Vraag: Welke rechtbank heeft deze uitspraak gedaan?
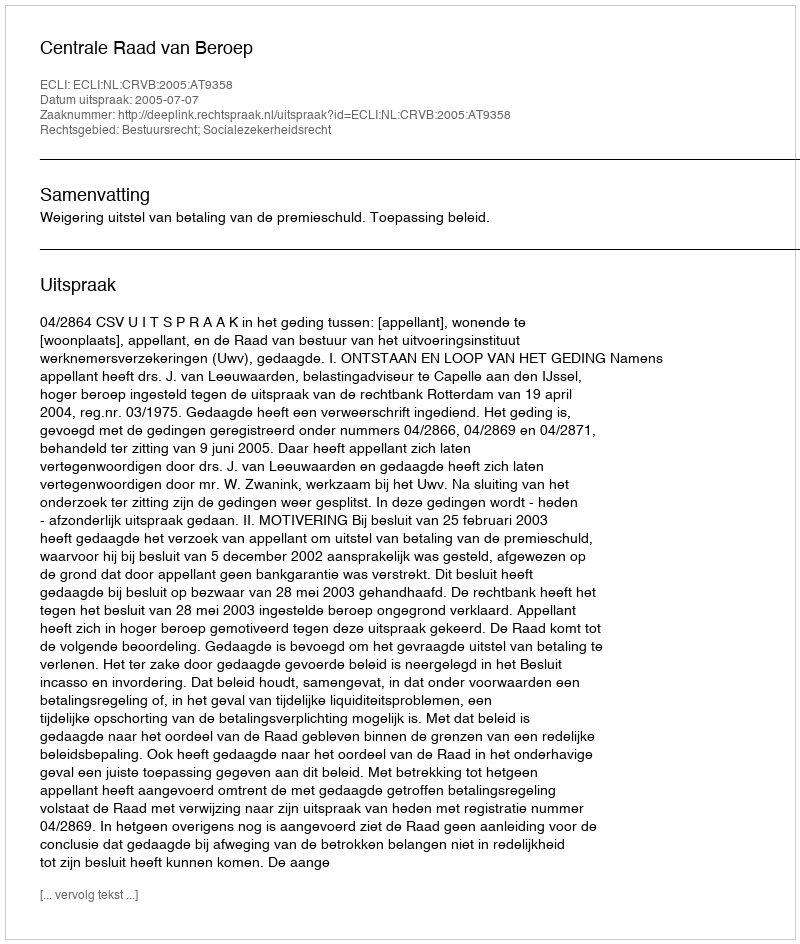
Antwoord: Centrale Raad van Beroep